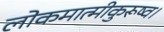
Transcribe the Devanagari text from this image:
लोकमात्मीकुरूष्व।